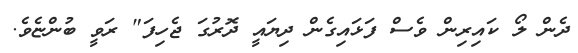
ދެން ލޯ ކައިރިން ވެސް ފަޅައިގެން ދިޔައީ ދޮރުގަ ޖެހިފަ" ރަވީ ބުންޏެވެ.